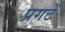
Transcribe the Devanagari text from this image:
प्रगटें